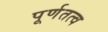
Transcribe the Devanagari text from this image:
पूर्णतत्व